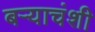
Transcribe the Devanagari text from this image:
बऱ्याचंशी